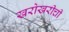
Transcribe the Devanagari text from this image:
खरोखरीची